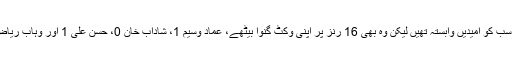
بطور سینئر بیٹسمین محمد حفیظ سے سب کو امیدیں وابستہ تھیں لیکن وہ بھی 16 رنز پر اپنی وکٹ گنوا بیٹھے، عماد وسیم 1، شاداب خان 0، حسن علی 1 اور وہاب ریاض 18 رنز بنانے کے بعد آؤٹ ہوئے۔